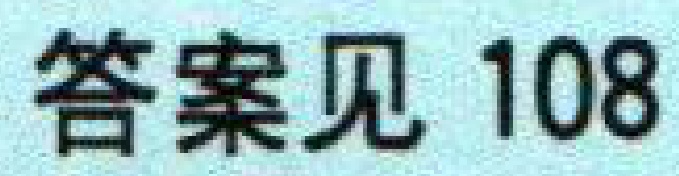
答案见 108